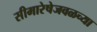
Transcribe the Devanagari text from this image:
सीमारेषेजवळच्या